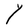
Character: Y